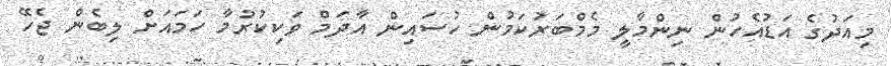
މިއަދުގެ އަޑުއެހުން ނިންމާލީ މެމްބަރުކަމުން ހުސައިން އާދަމް ވަކިކުރުމާ ހަމައަށް ލިބެން ޖެހޭ